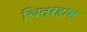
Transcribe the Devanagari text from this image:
चित्रहास